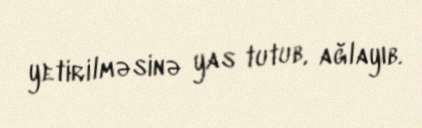
yetirilməsinə yas tutub, ağlayıb.